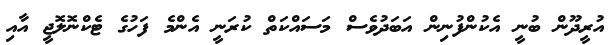
އުރީދޫން ބުނީ އެކުންފުނިން އަބަދުވެސް މަސައްކަތް ކުރަނީ އެންމެ ފަހުގެ ޓެކްނޮލޮޖީ އާއި